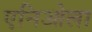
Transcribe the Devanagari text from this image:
एनिओला